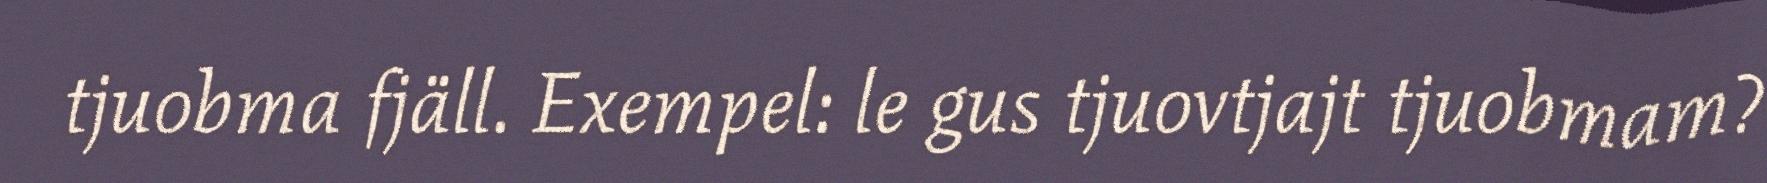
tjuobma fjäll. Exempel: le gus tjuovtjajt tjuobmam?